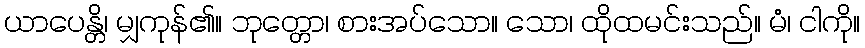
ယာပေန္တိ၊ မျှကုန်၏။ ဘုတ္တော၊ စားအပ်သော။ သော၊ ထိုထမင်းသည်။ မံ၊ ငါကို။